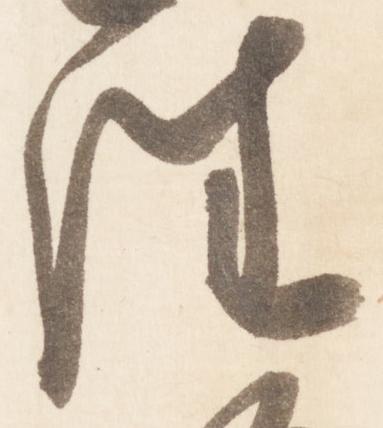
往